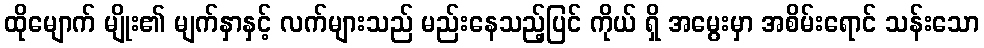
ထိုမျောက် မျိုး၏ မျက်နှာနှင့် လက်များသည် မည်းနေသည့်ပြင် ကိုယ် ရှိ အမွေးမှာ အစိမ်းရောင် သန်းသော